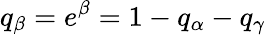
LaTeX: q_{\beta}=e^{\beta}=1-q_{\alpha}-q_{\gamma}